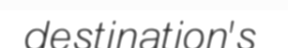
destination's